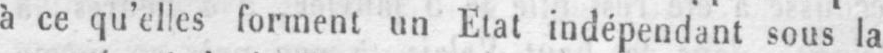
à ce qu’elles forment un Etat indépendant sous la